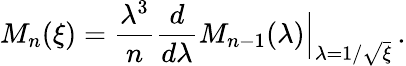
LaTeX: M_{n}(\xi)=\frac{\lambda^{3}}{n}\frac{d}{d\lambda}M_{n-1}(\lambda){\Big|}_{\lambda=1/\sqrt{\xi}}\, .